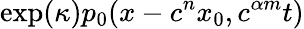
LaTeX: \exp(\kappa)p_{0}(x-c^{n}x_{0},c^{\alpha m}t)